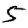
Digit: 5